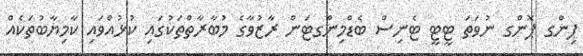
ޕިންގ ޕޮންގ ނުވަތަ ޓީޓީ ޓެނިސް ބެޑްމިންގޓަން ރާޒުވާގެ މުބާރާތްތަކުގައި ކުޅުއްވައި ކާމިޔާބުތަކެއް